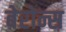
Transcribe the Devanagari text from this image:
बेरोन्स